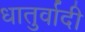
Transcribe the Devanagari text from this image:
धातुर्वादी